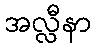
အလ္လီနာ